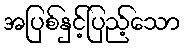
အပြစ်နှင့်ပြည့်သော